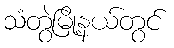
သံတွဲမြို့နယ်တွင်